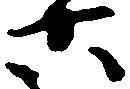
六